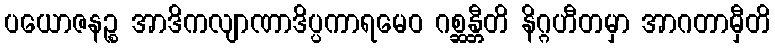
ပယောဇနဉ္စ အာဒိကလျာဏာဒိပ္ပကာရမေဝ ဂစ္ဆန္တီတိ နိဂ္ဂဟီတမှာ အာဂတာမှီတိ